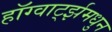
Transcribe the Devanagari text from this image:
हॉग्वार्ट्झमधुन